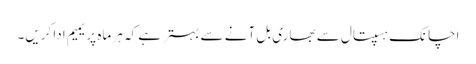
اچانک ہسپتال سے بھاری بل آنے سے بہتر ہے کہ ہر ماہ پریمیم ادا کریں۔